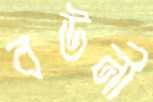
বউনী